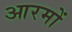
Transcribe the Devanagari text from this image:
आरमों